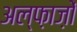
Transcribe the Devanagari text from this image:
अल्फ़ाज़ों